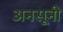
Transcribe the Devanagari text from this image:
अनसूनी